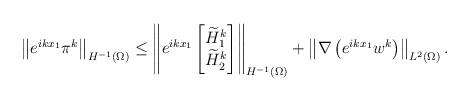
LaTeX: \begin{align*}\left\| e^{ikx_1} \pi^k\right\|_{H^{-1}(\Omega)}\leq \left\| e^{ikx_1} \begin{bmatrix}\widetilde H_{1}^{k}\\\widetilde H_{2}^{k}\end{bmatrix} \right\|_{H^{-1}(\Omega)}+\left\| \nabla \left(e^{ikx_1} w^k\right) \right\|_{L^{2}(\Omega)}.\end{align*}